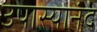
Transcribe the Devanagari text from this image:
उपास्यानंद